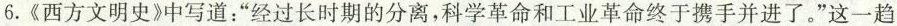
6.《西方文明史》中写道：”经过长时期的分离，科学革命和工业革命终于携手并进了。”这一趋